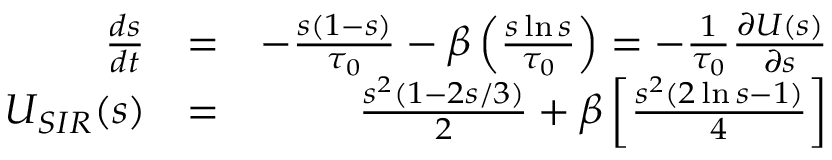
\begin{array} { r l r } { \frac { d { s } } { d t } } & { = } & { - \frac { { s } ( 1 - { s } ) } { \tau _ { 0 } } - \beta \left( \frac { s \ln { s } } { \tau _ { 0 } } \right) = - \frac { 1 } { \tau _ { 0 } } \frac { \partial U ( s ) } { \partial s } } \\ { U _ { S I R } ( s ) } & { = } & { \frac { s ^ { 2 } ( 1 - 2 s / 3 ) } { 2 } + \beta \left[ \frac { s ^ { 2 } ( 2 \ln { s } - 1 ) } { 4 } \right] } \end{array}